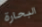
البحارة